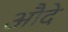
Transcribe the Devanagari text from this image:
औदे